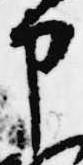
申